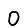
Digit: 0